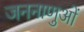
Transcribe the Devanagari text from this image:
जननाणुओं